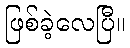
ဖြစ်ခဲ့လေပြီ။